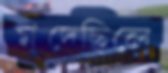
মুদেছিলে